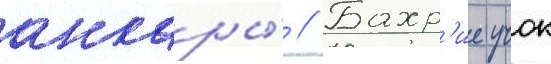
анкары́ // Бахр'ие учок